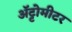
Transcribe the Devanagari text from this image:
अॅट्टोमीटर